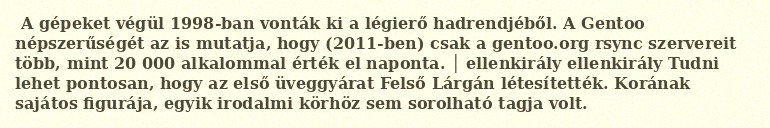
A gépeket végül 1998-ban vonták ki a légierő hadrendjéből. A Gentoo népszerűségét az is mutatja, hogy (2011-ben) csak a gentoo.org rsync szervereit több, mint 20 000 alkalommal érték el naponta. │ ellenkirály ellenkirály Tudni lehet pontosan, hogy az első üveggyárat Felső Lárgán létesítették. Korának sajátos figurája, egyik irodalmi körhöz sem sorolható tagja volt.